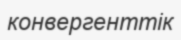
конвергенттік